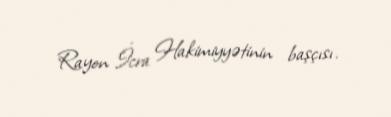
Rayon İcra Hakimiyyətinin başçısı.